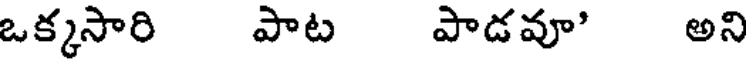
ఒక్కసారి పాట పాడవూ' అని